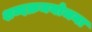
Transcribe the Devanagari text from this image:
शब्दक्रमयोजना